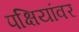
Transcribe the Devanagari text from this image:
पक्षियांवर